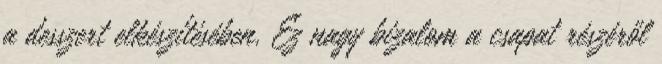
a desszert elkészítésében. Ez nagy bizalom a csapat részéről